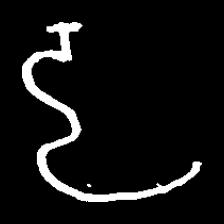
Pyu character \u2014 Myanmar letter: ဠ (romanized: lla)